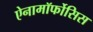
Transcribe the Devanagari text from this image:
ऐनामॉर्फोसिस